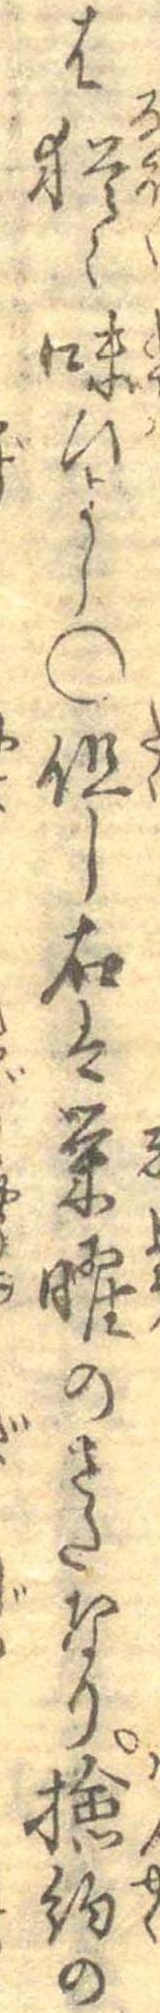
は猶々味ひよし○但し右は栄曜のさたなり検約の